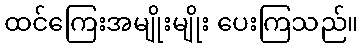
ထင်ကြေးအမျိုးမျိုး ပေးကြသည်။